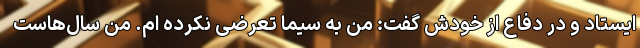
ایستاد و در دفاع از خودش گفت: من به سیما تعرضی نکرده ام. من سال‌هاست